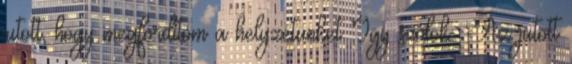
jutott, hogy megfordítom a helyzetünket Így szólok: -Az jutott